Civil Veterinary Department Bengal reports 1923-33 - 1923-1933
Year: 1923
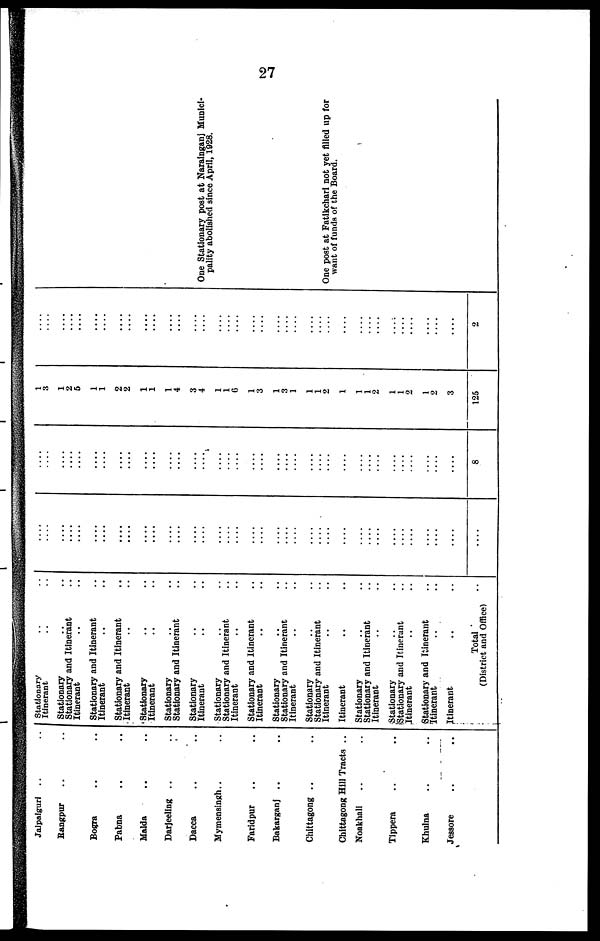
27
Jalpaigurl .. ..
Rangpur .. ..
Bogra .. ..
Pabna .. ..
Malda .. ..
Darjeellng .. ..
Dacca
Mymensingh .. ..
Faridpur .. ..
Bakarganj .. ..
Chittagong .. ..
Chittagong Hill Tracts ..
Noakhall .. ..
Tlppera .. ..
Khulna .. ..
Jessore .. ..
Stationary .. ..
Itinerant .. ..
Stationary .. ..
Stationary and Itinerant ..
Itinerant .. ..
Stationary and Itinerant
Itinerant
Stationary and Itinerant
Itinerant .. ..
Stationary
Itinerant
Stationary
Stationary and Itinerant
Stationary
Itinerant
Stationary
Stationary and Itinerant
Itinerant
Stationary and Itinerant
Itinerant
Stationary
Stationary and Itinerant
Itinerant
Stationary
Stationary and Itinerant
Itinerant
Itinerant
Stationary
Stationary and Itinerant
Itinerant
Stationary
Stationary and Itinerant
Itinerant
Stationary and Itinerant
Itinerant
Itinerant-
Total ..
(District and Office)
....
....
....
....
....
....
....
....
....
....
....
....
....
....
....
....
....
....
....
....
....
....
....
....
....
....
....
....
....
....
....
....
....
....
....
....
....
....
....
....
....
....
....
....
....
....
....
....
....
....
....
....
....
....
....
....
....
....
....
....
....
....
....
....
....
....
....
....
....
....
....
....
....
8
1
3
1
2
5
1
1
2
2
1
1
1
4
3
4
1
1
6
1
3
1
3
1
1
1
2
1
1
1
2
1
1
2
1
2
3
125
....
....
....
....
....
....
....
....
....
....
....
....
....
....
....
....
....
....
....
....
....
....
....
....
....
....
....
....
....
....
....
....
....
....
....
....
2
One Stationary post at Narainganj Munici-
pality abolished since April, 1928.
One post at Fatikchari not yet filled up for
want of funds of the Board.